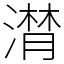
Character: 𣽽